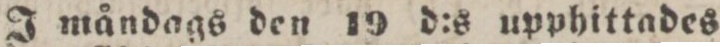
J måndags den 19 d:s upphittades